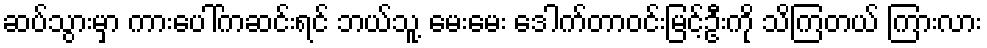
ဆပ်သွားမှာ ကားပေါ်ကဆင်းရင် ဘယ်သူ့ မေးမေး ဒေါက်တာဝင်းမြင့်ဦးကို သိကြတယ် ကြားလား